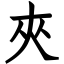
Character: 夾